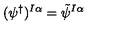
( \psi ^ { \dagger } ) ^ { I \alpha } = \tilde { \psi } ^ { I \alpha }